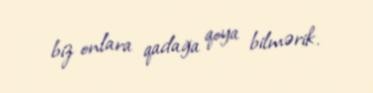
biz onlara qadağa qoya bilmərik.